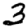
Digit: 3